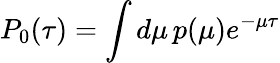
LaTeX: P_{0}(\tau)=\int d\mu\, p(\mu)e^{-\mu\tau}